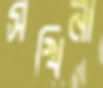
সখিনা